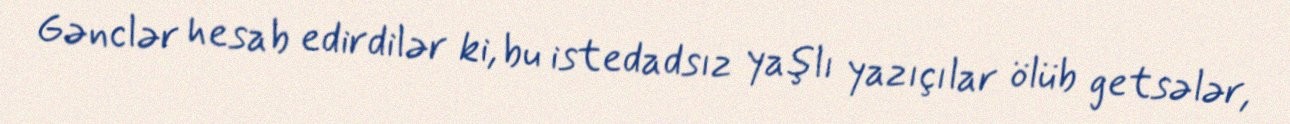
Gənclər hesab edirdilər ki, bu istedadsız yaşlı yazıçılar ölüb getsələr,